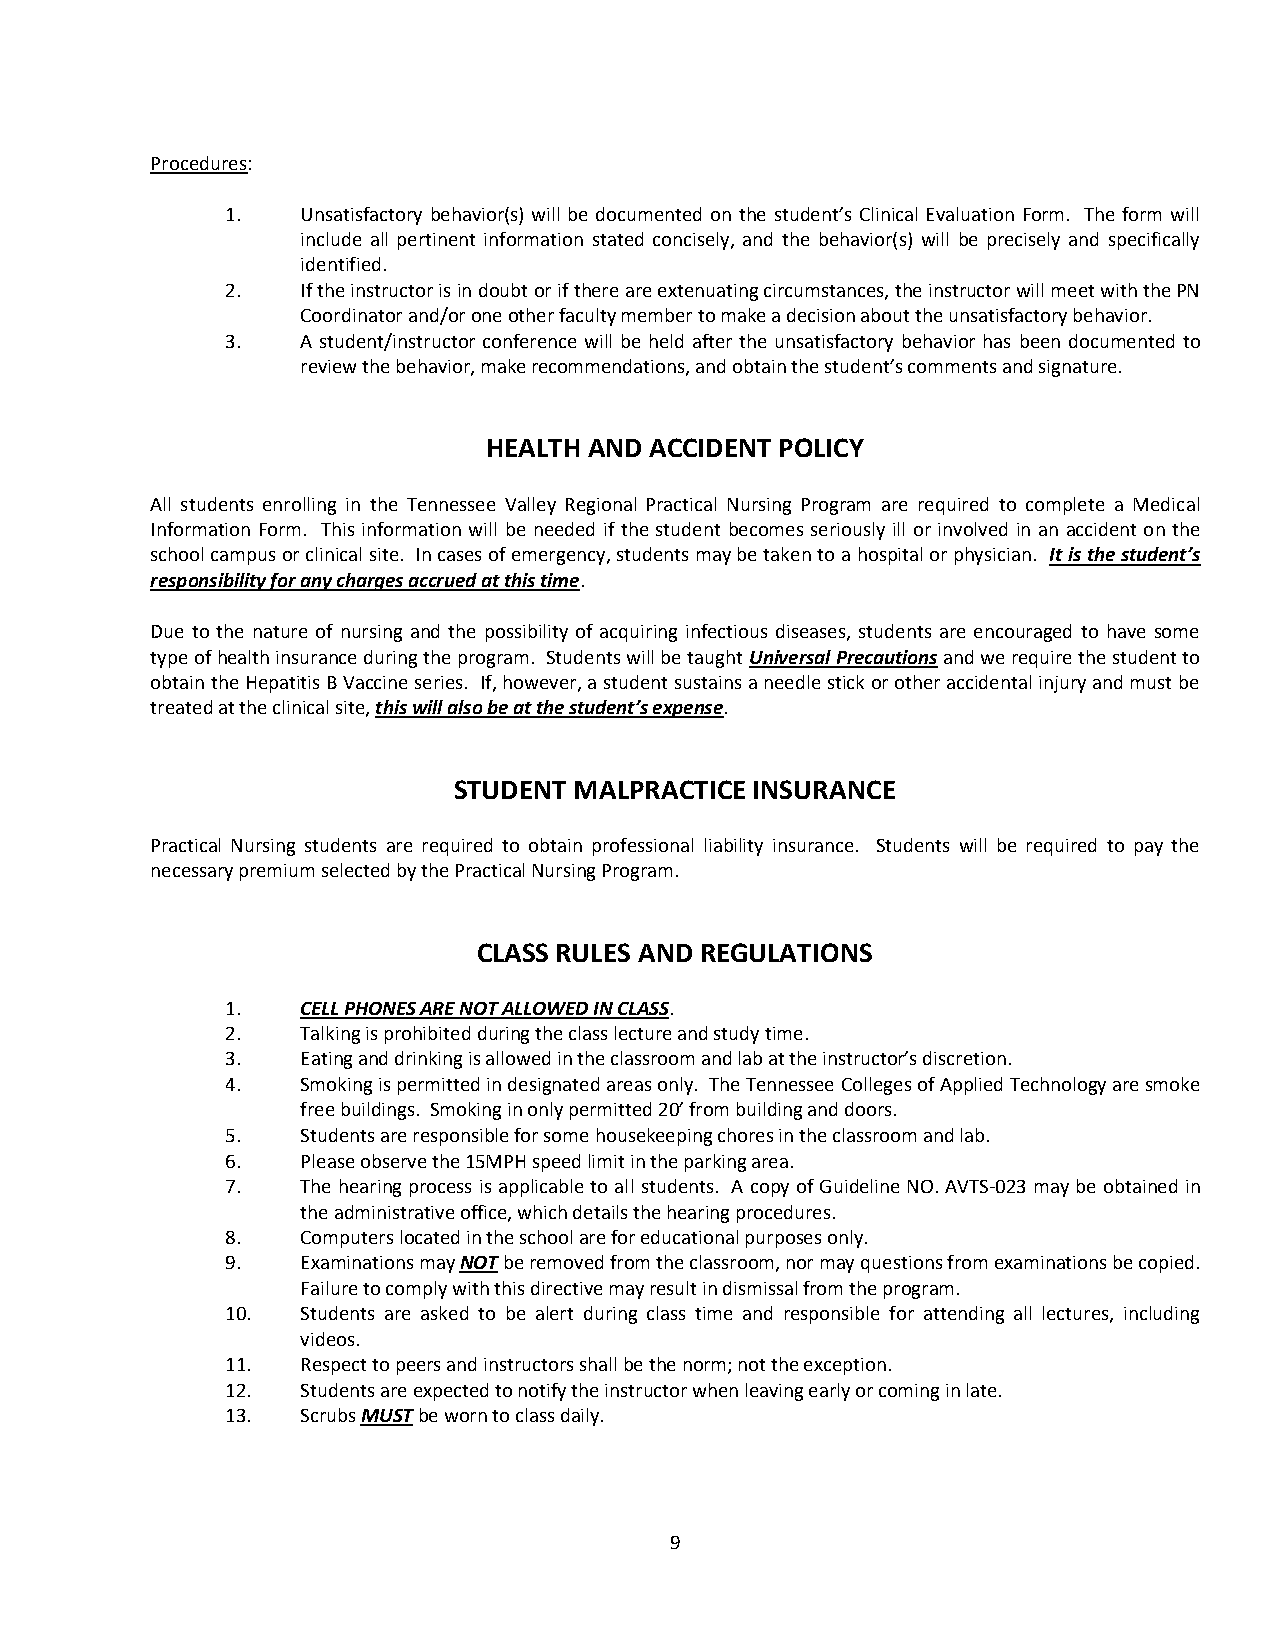
Procedures:
 1.   Unsatisfactory behavior(s) will be documented on the student’s Clinical Evaluation Form. The form will
 include all pertinent information stated concisely, and the behavior(s) will be precisely and specifically
 identified.
 2.   If the instructor is in doubt or if there are extenuating circumstances, the instructor will meet with the PN
 Coordinator and/or one other faculty member to make a decision about the unsatisfactory behavior.
 3.   A student/instructor conference will be held after the unsatisfactory behavior has been documented to
 review the behavior, make recommendations, and obtain the student’s comments and signature.
 HEALTH AND ACCIDENT POLICY
 All students enrolling in the Tennessee Valley Regional Practical Nursing Program are required to complete a Medical
 Information Form. This information will be needed if the student becomes seriously ill or involved in an accident on the
 school campus or clinical site. In cases of emergency, students may be taken to a hospital or physician. It is the student’s
 responsibility for any charges accrued at this time.
 Due to the nature of nursing and the possibility of acquiring infectious diseases, students are encouraged to have some
 type of health insurance during the program. Students will be taught Universal Precautions and we require the student to
 obtain the Hepatitis B Vaccine series. If, however, a student sustains a needle stick or other accidental injury and must be
 treated at the clinical site, this will also be at the student’s expense.
 STUDENT MALPRACTICE INSURANCE
 Practical Nursing students are required to obtain professional liability insurance. Students will be required to pay the
 necessary premium selected by the Practical Nursing Program.
 CLASS RULES AND REGULATIONS
 1.   CELL PHONES ARE NOT ALLOWED IN CLASS.
 2.   Talking is prohibited during the class lecture and study time.
 3.   Eating and drinking is allowed in the classroom and lab at the instructor’s discretion.
 4.   Smoking is permitted in designated areas only. The Tennessee Colleges of Applied Technology are smoke
 free buildings. Smoking in only permitted 20’ from building and doors.
 5.   Students are responsible for some housekeeping chores in the classroom and lab.
 6.   Please observe the 15MPH speed limit in the parking area.
 7.   The hearing process is applicable to all students. A copy of Guideline NO. AVTS-023 may be obtained in
 the administrative office, which details the hearing procedures.
 8.   Computers located in the school are for educational purposes only.
 9.   Examinations may NOT be removed from the classroom, nor may questions from examinations be copied.
 Failure to comply with this directive may result in dismissal from the program.
 10.  Students are asked to be alert during class time and responsible for attending all lectures, including
 videos.
 11.  Respect to peers and instructors shall be the norm; not the exception.
 12.  Students are expected to notify the instructor when leaving early or coming in late.
 13.  Scrubs MUST be worn to class daily.
 9